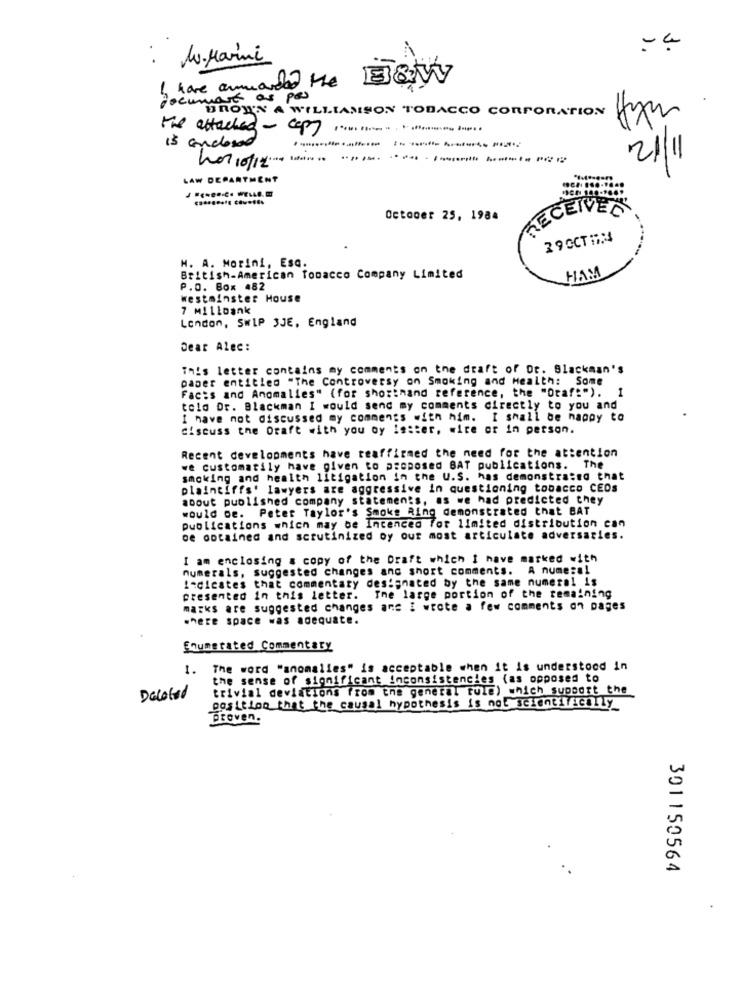
:
Mu. Marini
I have anmodede the BISTVy
wave as per
BROWN A WILLIAMSON TOBACCO CORPORATION
the attached- copy
is enclosed
21
LAW DEPARTMENT
RECEIVES
October 25, 1984
290CTHX
H. A. Morini, Esc.
British-American Tobacco Company Limited
HAM
P.O. Box 482
Westminster House
7 Millbank
London, SWIP 3JE, England
Dear Alec:
This letter contains my comments on the draft of Dr. Blackman's
paper entitled "The Controversy on Smoking and Health: Some
Facts and Anomalies" (for shorthand reference, the "Otaf:"). I
told Dr. Blackman I would send my comments directly to you and
I have not discussed my comments with him. I shall be happy to
discuss the Draft with you oy isster, wire or in person.
Recent developments have teaffirmed the need for the attention
we customarily have given to proposed BAT publications. The
smoking and health litigation in the U.S. has demonstra:so that
plaintiffs' lawyers are aggressive in questioning tobacco CEOs
about published company statements, as we had predicted they
would de. Peter Taylor's Smoke Ring demonstrated that BAT
publications which may be Incenced for limited distribution can
de obtained and scrutinized oy our most articulate adversaries.
I am enclosing & copy of the Draft which I have marked with
numerals, suggested changes and short comments. A numeral
Indicates that commentary designated by the same numeral is
presented in this letter. The large portion of the remaining
marks are suggested changes ans I wrote a few comments on pages
where space was adequate.
Enumerated Commentary
1.
The word "anomalies" is acceptable when it is understood in
the sense of significant inconsistencies (as opposed to
trivial deviations from the general rule) which support the
Decoted
position that the causal hypothesis is not scientifically
proven.
301150564